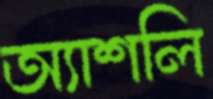
অ্যাশলি